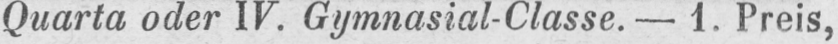
Quarta oder IV. Gymnasial-Classe. - 1. Preis,